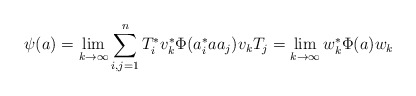
\begin{align*} \psi(a) = \lim_{k\to \infty} \sum_{i,j=1}^n T_i^\ast v_k^\ast \Phi(a_i^\ast a a_j) v_k T_j = \lim_{k\to \infty} w_k^\ast \Phi(a) w_k \end{align*}